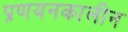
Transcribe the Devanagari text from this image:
प्रणयनकालीन